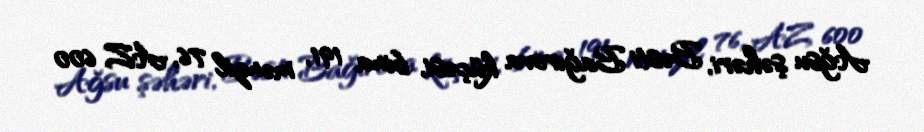
Ağsu şəhəri, Bəsti Bağırova küçəsi, bina 191, mənzil 76, AZ 600